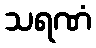
သရဏံ